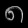
Digit: ၈